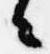
々